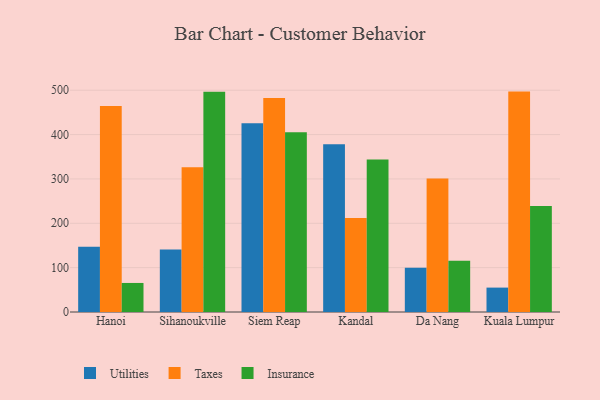
{"axis": {"x": "City", "y": "Budget (USD K)"}, "legend": ["Insurance", "Taxes", "Utilities"], "data": [{"x": "Hanoi", "y": 146.9, "type": "Utilities"}, {"x": "Hanoi", "y": 464.5, "type": "Taxes"}, {"x": "Hanoi", "y": 65.5, "type": "Insurance"}, {"x": "Sihanoukville", "y": 140.9, "type": "Utilities"}, {"x": "Sihanoukville", "y": 326.1, "type": "Taxes"}, {"x": "Sihanoukville", "y": 496.8, "type": "Insurance"}, {"x": "Siem Reap", "y": 425.7, "type": "Utilities"}, {"x": "Siem Reap", "y": 482.3, "type": "Taxes"}, {"x": "Siem Reap", "y": 405.1, "type": "Insurance"}, {"x": "Kandal", "y": 378.2, "type": "Utilities"}, {"x": "Kandal", "y": 211.9, "type": "Taxes"}, {"x": "Kandal", "y": 343.7, "type": "Insurance"}, {"x": "Da Nang", "y": 99.6, "type": "Utilities"}, {"x": "Da Nang", "y": 300.8, "type": "Taxes"}, {"x": "Da Nang", "y": 115.5, "type": "Insurance"}, {"x": "Kuala Lumpur", "y": 55.0, "type": "Utilities"}, {"x": "Kuala Lumpur", "y": 496.9, "type": "Taxes"}, {"x": "Kuala Lumpur", "y": 238.9, "type": "Insurance"}]}